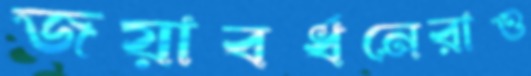
জয়াবর্ধনেরাও